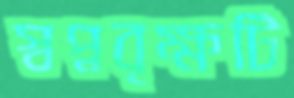
স্বপ্নবৃক্ষটি